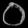
Digit: ၀